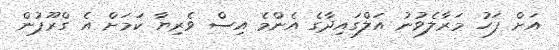
އަށް ފަހު މަރާލެވުނު އަލްގައިދާގެ އެންމެ އިސް ވެރިޔާ ކަމަށް އެ ގްރޫޕުން